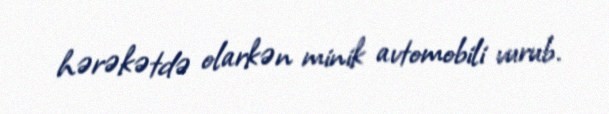
hərəkətdə olarkən minik avtomobili vurub.